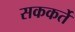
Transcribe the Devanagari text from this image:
सककर्ते